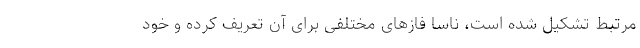
مرتبط تشکیل شده است، ناسا فازهای مختلفی برای آن تعریف کرده و خود